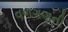
વળગણની